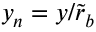
y _ { n } = y / \tilde { r } _ { b }